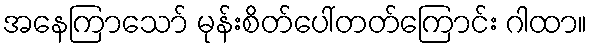
အနေကြာသော် မုန်းစိတ်ပေါ်တတ်ကြောင်း ဂါထာ။